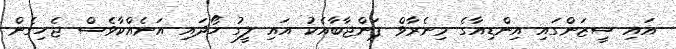
އައި ސީޒަންގައި އިންޑިއާގެ މިނެރާވް ޕަންޖާބާއެކު އައި ލީގު ހޯދައި އަނެއްކާވެސް ޖެހިގެން